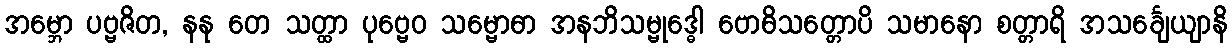
အမ္ဘော ပဗ္ဗဇိတ, နနု တေ သတ္ထာ ပုဗ္ဗေဝ သမ္ဗောဓာ အနဘိသမ္ဗုဒ္ဓေါ ဗောဓိသတ္တောပိ သမာနော စတ္တာရိ အသင်္ချေယျာနိ